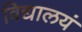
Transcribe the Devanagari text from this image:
विद्यालयं